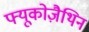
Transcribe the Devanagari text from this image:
फ्यूकोज़ैथिन